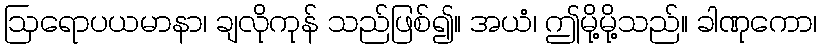
ဩရောပယမာနာ၊ ချလိုကုန် သည်ဖြစ်၍။ အယံ၊ ဤမို့မို့သည်။ ခါဏုကော၊